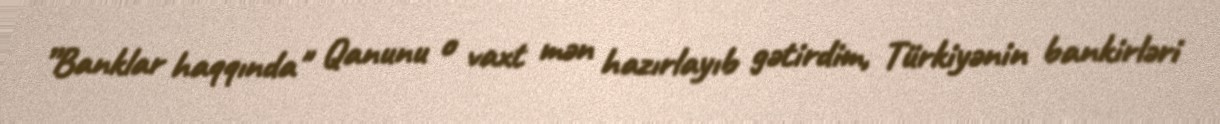
”Banklar haqqında" Qanunu o vaxt mən hazırlayıb gətirdim, Türkiyənin bankirləri